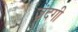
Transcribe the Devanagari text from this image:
ज़ंदगी